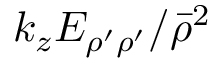
k _ { z } E _ { \rho ^ { \prime } \rho ^ { \prime } } / \bar { \rho } ^ { 2 }